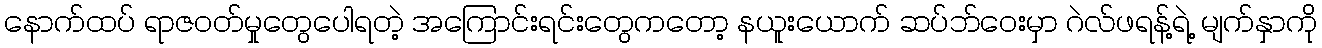
နောက်ထပ် ရာဇဝတ်မှုတွေပေါရတဲ့ အကြောင်းရင်းတွေကတော့ နယူးယောက် ဆပ်ဘ်ဝေးမှာ ဂဲလ်ဖရန့်ရဲ့ မျက်နှာကို